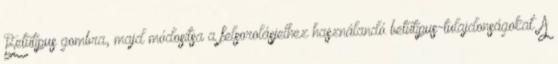
Betűtípus gombra, majd módosítsa a felsorolásjelhez használandó betűtípus-tulajdonságokat. A